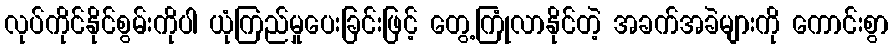
လုပ်ကိုင်နိုင်စွမ်းကိုပါ ယုံကြည်မှုပေးခြင်းဖြင့် တွေ့ကြုံလာနိုင်တဲ့ အခက်အခဲများကို ကောင်းစွာ